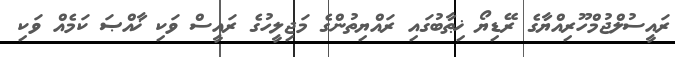
ރައީސުލްޖުމްހޫރިއްޔާގެ ރޭޑިޔޯ ޚިޠާބުގައި ރައްޔިތުންގެ މަޖިލީހުގެ ރައީސް ވަކި ޚާއްޞަ ކަމެއް ވަކި